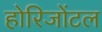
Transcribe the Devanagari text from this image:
होरिजोंटल